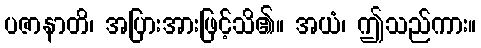
ပဇာနာတိ၊ အပြားအားဖြင့်သိ၏။ အယံ၊ ဤသည်ကား။